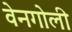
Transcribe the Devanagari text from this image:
वेनगोली